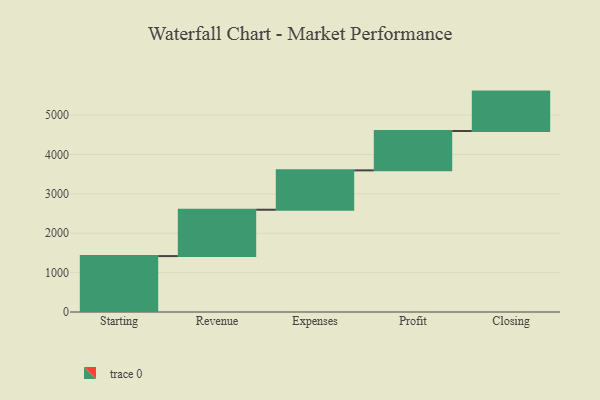
{"axis": {"x": "Step", "y": "Value"}, "legend": [""], "data": [{"x": "Starting", "y": 1420.0, "type": ""}, {"x": "Revenue", "y": 1177.0, "type": ""}, {"x": "Expenses", "y": 1000, "type": ""}, {"x": "Profit", "y": 1000, "type": ""}, {"x": "Closing", "y": 1000, "type": ""}]}